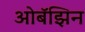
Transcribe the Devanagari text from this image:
ओबॅझिन